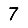
Digit: 7